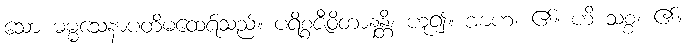
သော ဓမ္မသေနာပတိမထေရ်သည်။ ပရိစ္စဇီဝိတာနန္တိ၊ ဟူ၍။ အာဟ၊ ၏။ ဟိ သစ္စံ၊ ၏။